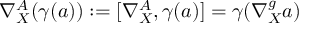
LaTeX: \nabla _ { X } ^ { A } ( \gamma ( a ) ) : = [ \nabla _ { X } ^ { A } , \gamma ( a ) ] = \gamma ( \nabla _ { X } ^ { g } a )